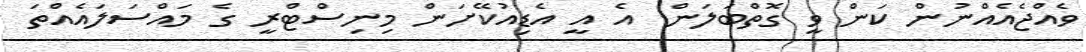
ވެއްޖެއެއްނުން ކަން ވީ ގޮތްބަލަން. އެ އީ އެޑިއުކޭށަން މިނިސްޓްރީ ގެ މައްސަލައެއްތަ